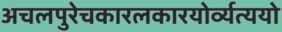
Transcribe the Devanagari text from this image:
अचलपुरेचकारलकारयोर्व्यत्ययो